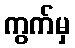
ကွက်မှ